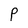
Character: P